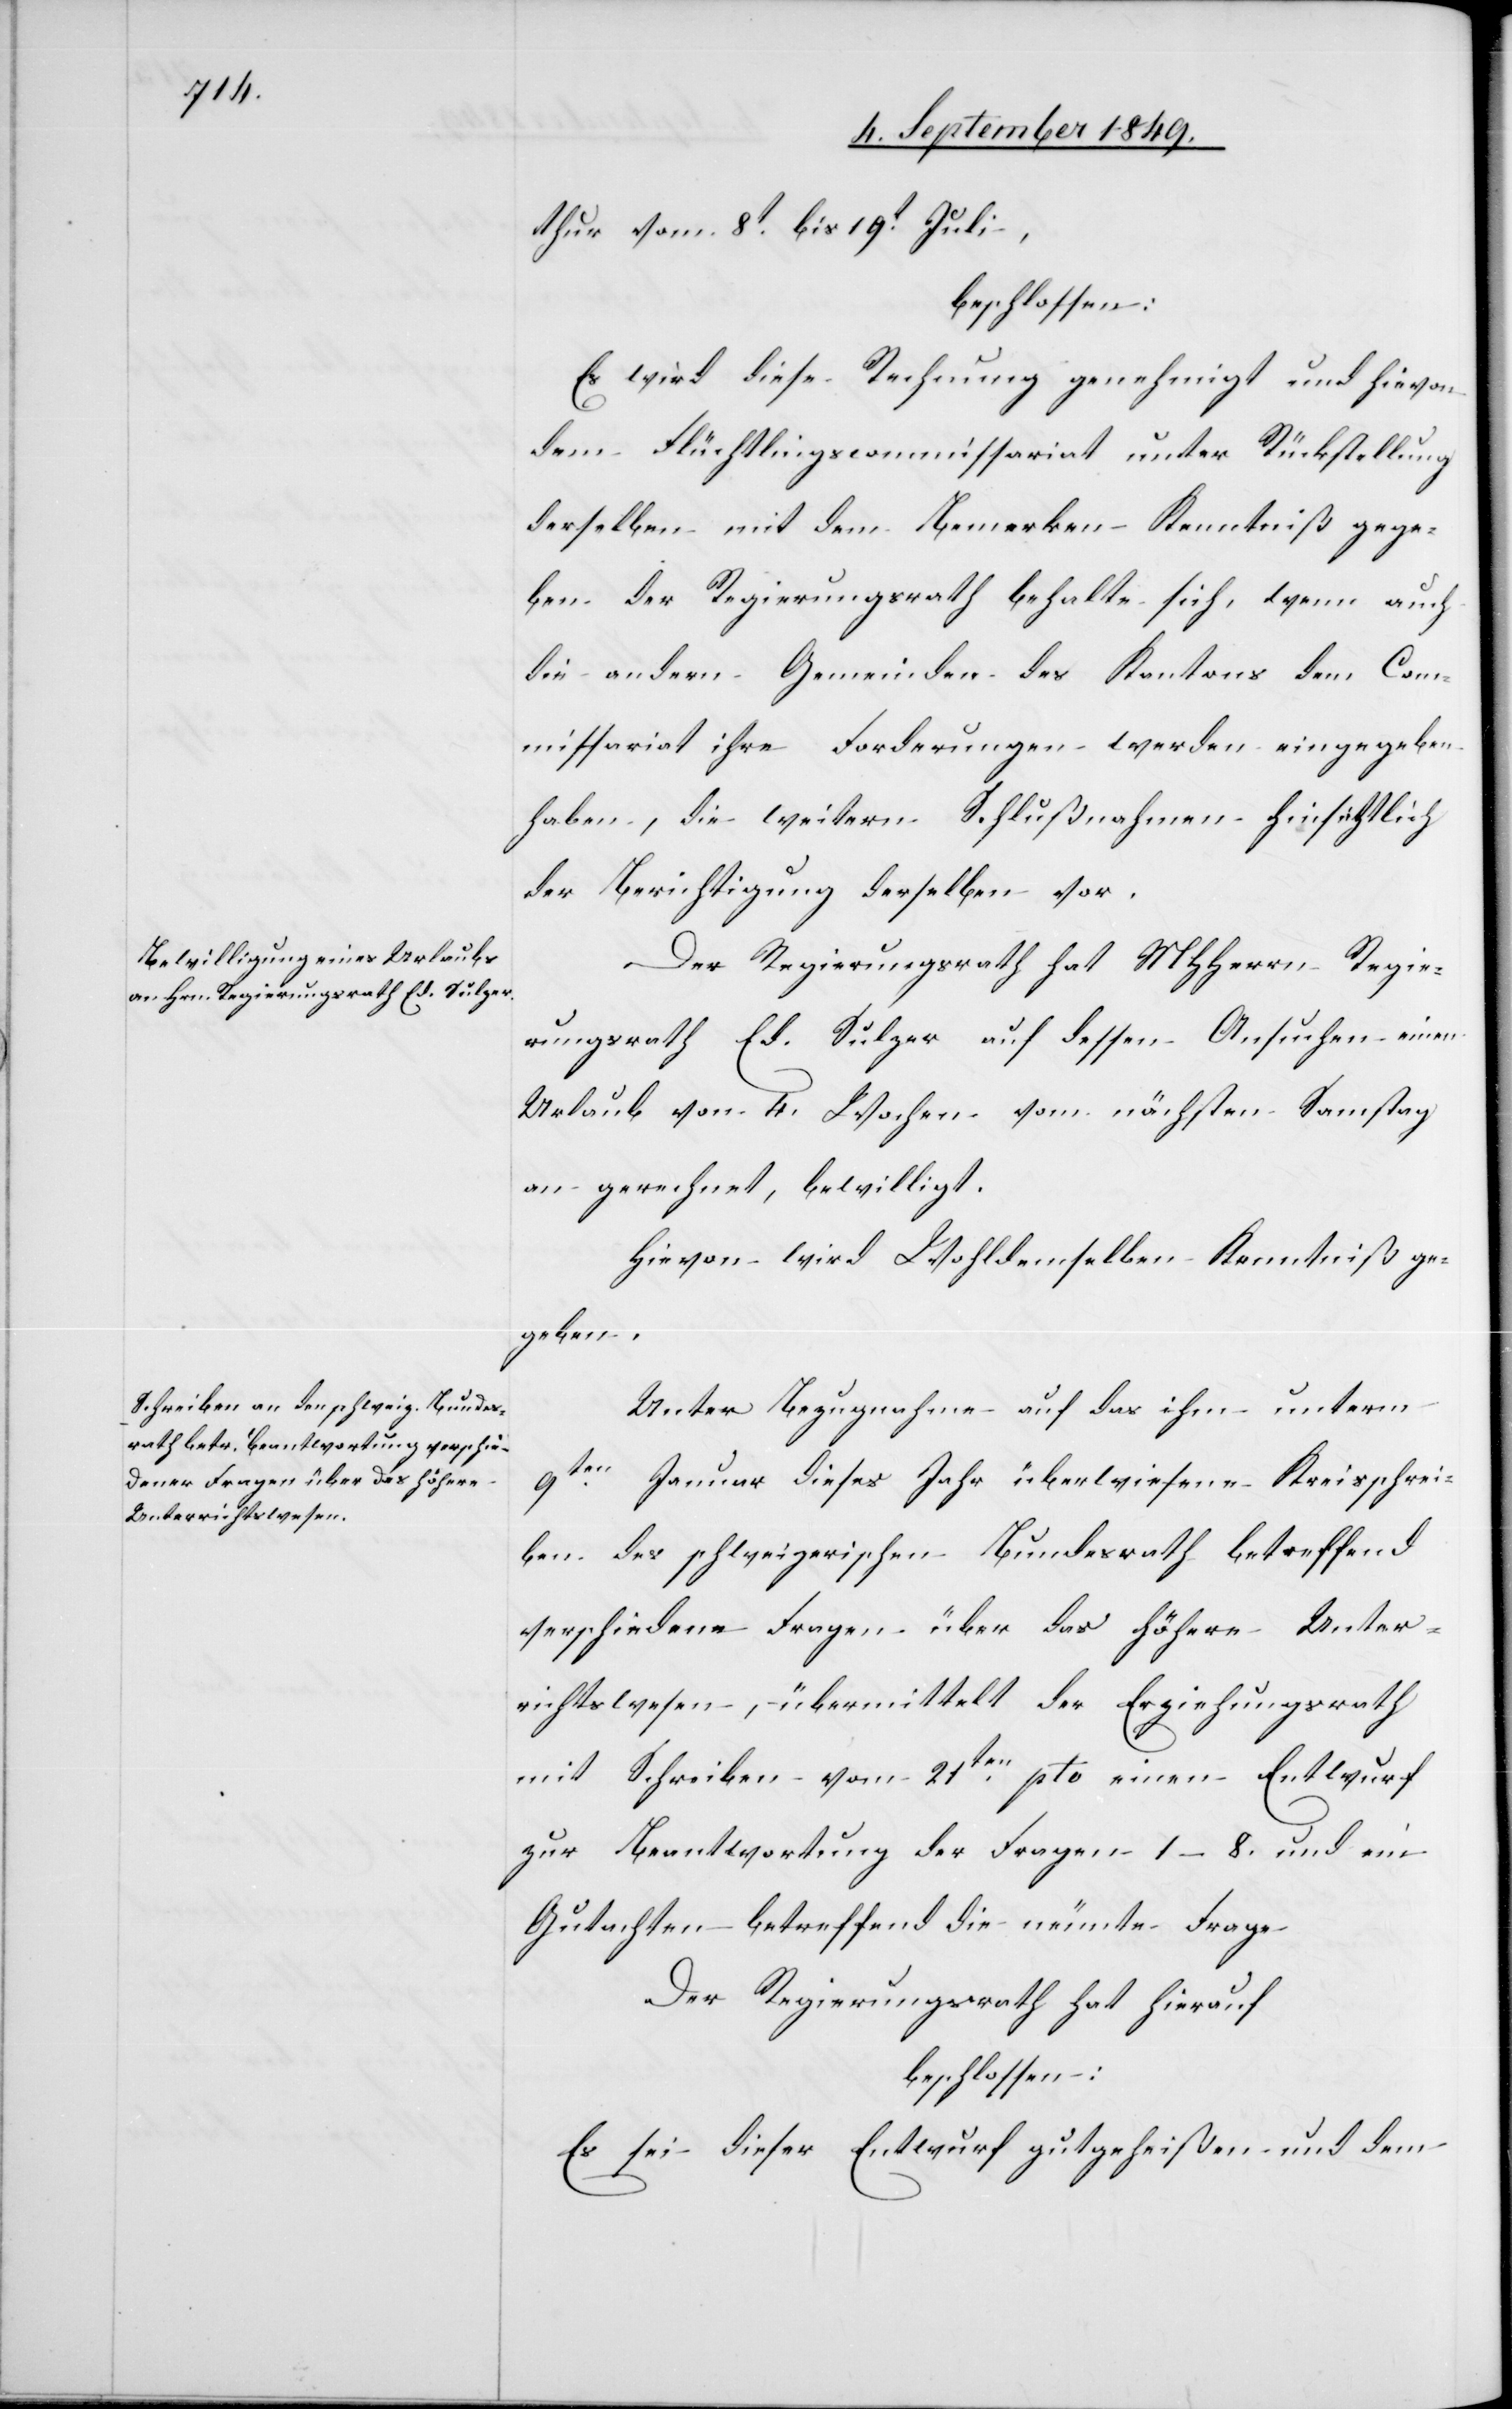
thur vom 8t bis 19t Juli,
beschlossen:
Es wird diese Rechnung genehmigt und hievon
dem Flüchtlingscommissariat unter Rückstellung
derselben mit dem Bemerken Kenntniß gege¬
ben der Regierungsrath behalte sich, wenn auch
die andern Gemeinden des Kantons dem Com¬
missariat ihre Forderungen werden eingegeben
haben, die weitern Schlußnahmen hinsichtlich
der Berichterstattung derselben vor.
Der Regierungsrath hat MHHerrn Regie¬
rungsrath Ed. Sulzer auf dessen Ansuchen einen
Urlaub von 4. Wochen vom nächsten Samstag
an gerechnet, bewilligt.
Hievon wird Wohldemselben Kenntniß ge¬
geben.
Unter Bezugnahme auf das ihm unterm
9ten Januar dieses Jahr überwiesene Kreisschrei¬
ben des schweizerischen Bundesrath betreffend
verschiedene Fragen über das höhere Unter¬
richtswesen, übermittelt der Erziehungsrath
mit Schreiben vom 21ten pto einen Entwurf
zur Beantwortung der Fragen 1–8. und ein
Gutachten – betreffend die neunte Frage
Der Regierungsrath hat hierauf
beschlossen:
Es sei dieser Entwurf gutgeheißen und dem